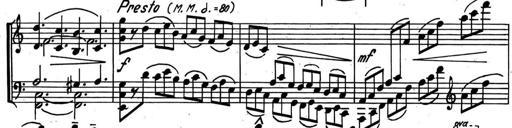
Title: Kleine Sonate
Composer: Raoul Koczalski
Key: C major